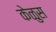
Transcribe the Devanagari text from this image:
केळुस